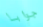
جوابا